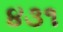
૪૩૧